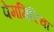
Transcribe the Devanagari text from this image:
पेमगिरिचा